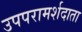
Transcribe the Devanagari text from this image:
उपपरामर्शदाता